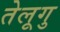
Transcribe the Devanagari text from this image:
तेलूगु